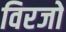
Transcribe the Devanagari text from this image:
विरजो